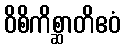
ဝိစိကိစ္ဆာတိဧဝံ